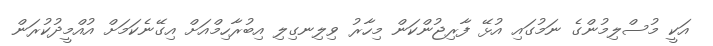
އަކީ މުސްލިމުންގެ ނަމުގައި އުޅޭ ފާރިޖުންކަން މިހާރު ވިލިނގިލި އިބުރާހިމްއަށް އިގޭނެކަމަށް އުއްމީދުކުރަން